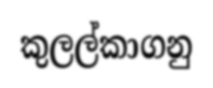
කුලල්කාගනු